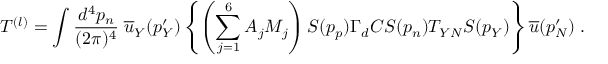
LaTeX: T ^ { ( l ) } = \int \frac { d ^ { 4 } p _ { n } } { ( 2 \pi ) ^ { 4 } } \; \overline { { { u } } } _ { Y } ( p _ { Y } ^ { \prime } ) \left\{ \left( \sum _ { j = 1 } ^ { 6 } { \cal A } _ { j } { \cal M } _ { j } \right) S ( p _ { p } ) \Gamma _ { d } C S ( p _ { n } ) T _ { Y N } S ( p _ { Y } ) \right\} \overline { { { u } } } ( p _ { N } ^ { \prime } ) \; .